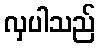
လှပါသည်